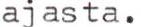
ajasta.